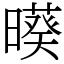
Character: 𣋒